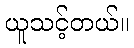
ယူသင့်တယ်။